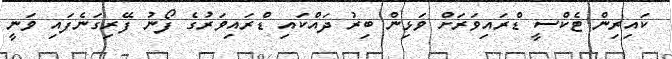
ކައިރިން ޓެކްސީ ޑްރައިވަރަށް ވަޅިން ބިރު ދައްކައި ޑްރައިވަރުގެ ފޯނު ފޭރިގަނެފައި ވަނީ